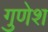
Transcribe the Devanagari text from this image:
गुणेश